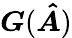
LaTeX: \boldsymbol{G}(\boldsymbol{\hat{A}})